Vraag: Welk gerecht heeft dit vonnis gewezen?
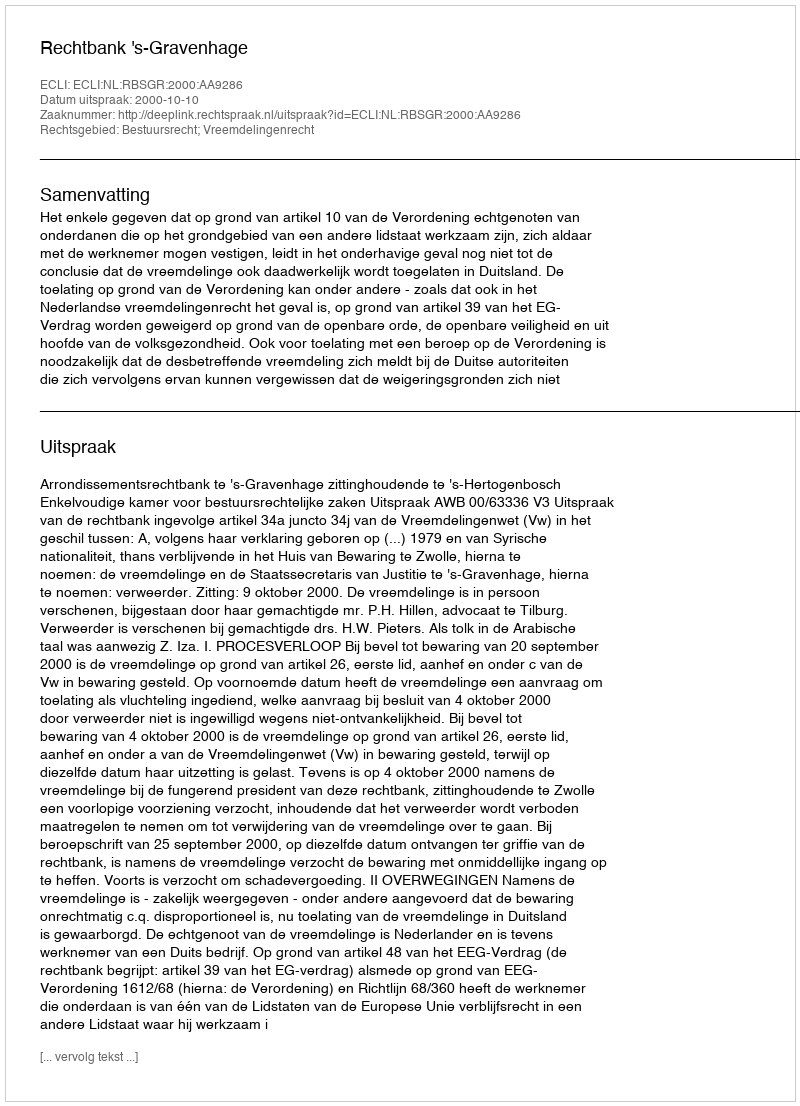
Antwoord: Rechtbank 's-Gravenhage